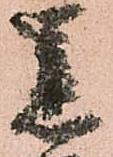
黒